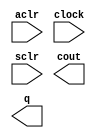
// megafunction wizard: %LPM_COUNTER%VBB%
// GENERATION: STANDARD
// VERSION: WM1.0
// MODULE: LPM_COUNTER 

// ============================================================
// Megafunction Name(s):
// 			LPM_COUNTER
//
// Simulation Library Files(s):
// 			lpm
// ============================================================
// ************************************************************
// THIS IS A WIZARD-GENERATED FILE. DO NOT EDIT THIS FILE!
//
// 16.0.0 Build 211 04/27/2016 SJ Standard Edition
// ************************************************************

//Copyright (C) 1991-2016 Altera Corporation. All rights reserved.
//Your use of Altera Corporation's design tools, logic functions 
//and other software and tools, and its AMPP partner logic 
//functions, and any output files from any of the foregoing 
//(including device programming or simulation files), and any 
//associated documentation or information are expressly subject 
//to the terms and conditions of the Altera Program License 
//Subscription Agreement, the Altera Quartus Prime License Agreement,
//the Altera MegaCore Function License Agreement, or other 
//applicable license agreement, including, without limitation, 
//that your use is for the sole purpose of programming logic 
//devices manufactured by Altera and sold by Altera or its 
//authorized distributors.  Please refer to the applicable 
//agreement for further details.

module Counter (
	aclr,
	clock,
	sclr,
	cout,
	q);

	input	  aclr;
	input	  clock;
	input	  sclr;
	output	  cout;
	output	[31:0]  q;

endmodule

// ============================================================
// CNX file retrieval info
// ============================================================
// Retrieval info: PRIVATE: ACLR NUMERIC "1"
// Retrieval info: PRIVATE: ALOAD NUMERIC "0"
// Retrieval info: PRIVATE: ASET NUMERIC "0"
// Retrieval info: PRIVATE: ASET_ALL1 NUMERIC "1"
// Retrieval info: PRIVATE: CLK_EN NUMERIC "0"
// Retrieval info: PRIVATE: CNT_EN NUMERIC "0"
// Retrieval info: PRIVATE: CarryIn NUMERIC "0"
// Retrieval info: PRIVATE: CarryOut NUMERIC "1"
// Retrieval info: PRIVATE: Direction NUMERIC "0"
// Retrieval info: PRIVATE: INTENDED_DEVICE_FAMILY STRING "Cyclone V"
// Retrieval info: PRIVATE: ModulusCounter NUMERIC "0"
// Retrieval info: PRIVATE: ModulusValue NUMERIC "0"
// Retrieval info: PRIVATE: SCLR NUMERIC "1"
// Retrieval info: PRIVATE: SLOAD NUMERIC "0"
// Retrieval info: PRIVATE: SSET NUMERIC "0"
// Retrieval info: PRIVATE: SSET_ALL1 NUMERIC "1"
// Retrieval info: PRIVATE: SYNTH_WRAPPER_GEN_POSTFIX STRING "0"
// Retrieval info: PRIVATE: nBit NUMERIC "32"
// Retrieval info: PRIVATE: new_diagram STRING "1"
// Retrieval info: LIBRARY: lpm lpm.lpm_components.all
// Retrieval info: CONSTANT: LPM_DIRECTION STRING "UP"
// Retrieval info: CONSTANT: LPM_PORT_UPDOWN STRING "PORT_UNUSED"
// Retrieval info: CONSTANT: LPM_TYPE STRING "LPM_COUNTER"
// Retrieval info: CONSTANT: LPM_WIDTH NUMERIC "32"
// Retrieval info: USED_PORT: aclr 0 0 0 0 INPUT NODEFVAL "aclr"
// Retrieval info: USED_PORT: clock 0 0 0 0 INPUT NODEFVAL "clock"
// Retrieval info: USED_PORT: cout 0 0 0 0 OUTPUT NODEFVAL "cout"
// Retrieval info: USED_PORT: q 0 0 32 0 OUTPUT NODEFVAL "q[31..0]"
// Retrieval info: USED_PORT: sclr 0 0 0 0 INPUT NODEFVAL "sclr"
// Retrieval info: CONNECT: @aclr 0 0 0 0 aclr 0 0 0 0
// Retrieval info: CONNECT: @clock 0 0 0 0 clock 0 0 0 0
// Retrieval info: CONNECT: @sclr 0 0 0 0 sclr 0 0 0 0
// Retrieval info: CONNECT: cout 0 0 0 0 @cout 0 0 0 0
// Retrieval info: CONNECT: q 0 0 32 0 @q 0 0 32 0
// Retrieval info: GEN_FILE: TYPE_NORMAL Counter.v TRUE
// Retrieval info: GEN_FILE: TYPE_NORMAL Counter.inc FALSE
// Retrieval info: GEN_FILE: TYPE_NORMAL Counter.cmp FALSE
// Retrieval info: GEN_FILE: TYPE_NORMAL Counter.bsf FALSE
// Retrieval info: GEN_FILE: TYPE_NORMAL Counter_inst.v FALSE
// Retrieval info: GEN_FILE: TYPE_NORMAL Counter_bb.v TRUE
// Retrieval info: LIB_FILE: lpm